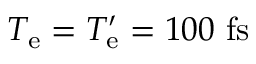
T _ { \mathrm { e } } = T _ { \mathrm { e } } ^ { \prime } = 1 0 0 ~ \mathrm { f s }